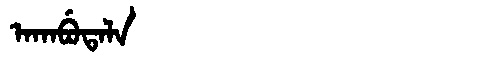
Manchu: ᠠᡴᠠᠪᡠᡨᠠᠯᠠ
Romanization: AKABUTALA